Medical and sanitary report of the native army of Madras for the year
Year: 1875
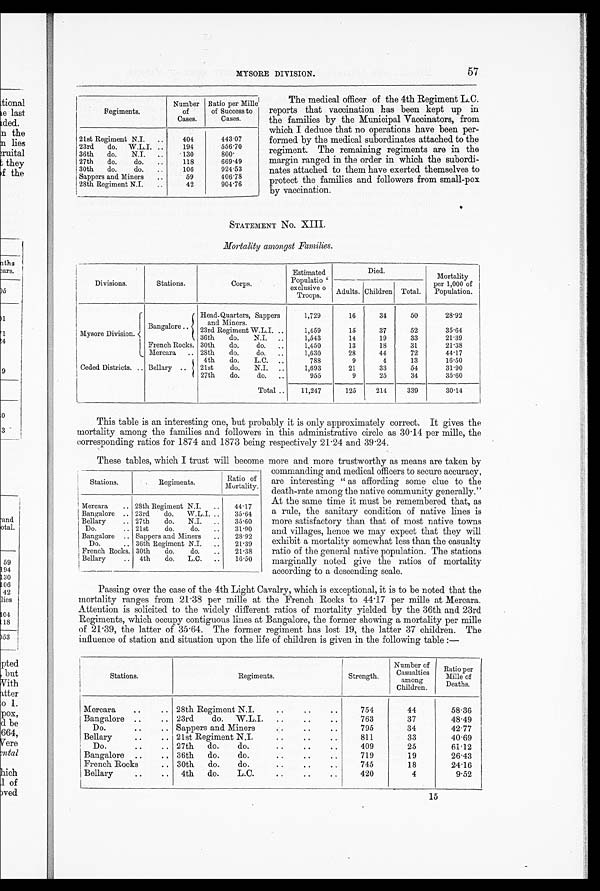
MYSORE DIVISION.
57
Regiments.
Number
of
Cases.
Ratio per Mille
of Success to
Cases.
21st Regiment N.I. ..
404
443.07
23rd do. W.L.I. ..
194
556.70
36th do.
N.I. ..
130
800.
27th
do.
do.
..
118
669.49
30th do.
do.
106
921.53
Sappers and Miners
..
59
406.78
28th Regiment N.I.
..
42
90416
The medical officer of the 4th Regiment L.C.
reports that vaccination has been kept up in
the families by the Municipal Vaccinators, from
which I deduce that no operations have been per-
formed by the medical subordinates attached to the
regiment. The remaining regiments are in the
margin ranged in the order in which the subordi-
nates attached to them have exerted themselves to
protect the families and followers from small-pox
by vaccination.
STATEMENT No. XIII.
Mortality amongst Families.
Divisions.
Stations.
Corps.
Estimated
Population exclusive o
Troops.
Died.
Mortality
per 1,000 of
Population.
Adults. Children Total.
M y s o r e D i v i s i o n .
Bangalore ..
Head-Quarters, Sappers
and Miners.
23rd Regiment W.L.I. ..
36th
do.
N.I. ..
1,729
1,459
1,543
1 6
15
14
3 4
37
1 9
5 0
52
3 3
28.92
35.64
2 1 . 3 9
French Rocks. 30th
do.
do. ..
1,450
13
18
31
21.38
Mercara .. 28th
do.
do. ..
1,630
28
44
72
44.17
Ceded Districts. .. Bellary ..
4th
do.
L.C. ..
788
9
4
13
16.50
21st
do.
N.I. ..
1,693
21
33
54
31.90
27th
do.
do. ..
955
9
25
34
35.60
Total ..
11,247
125
214
339
30.14
This table is an interesting one, but probably it is only approximately correct. It gives the
mortality among the families and followers in this administrative circle as 30.14 per mille, the
corresponding ratios for 1874 and 1873 being respectively 21.24 and 39.24.
These tables, which I trust will become more and more trustworthy as means are taken by
commanding and medical officers to secure accuracy,
are interesting " as affording some clue to the
death-rate among the native community generally."
At the same time it must be remembered that, as
a rule, the sanitary condition of native lines is
more satisfactory than that of most native towns
and villages, hence we may expect that they will
exhibit a mortality somewhat less than the casualty
ratio of the general native population. The stations
marginally noted give the ratios of mortality
according to a descending scale.
Passing over the case of the 4th Light Cavalry, which is exceptional, it is to be noted that the
mortality ranges from 21.38 per mille at the French Rocks to 44.17 per mille at Mercara.
Attention is solicited to the widely different ratios of mortality yielded by the 36th and 23rd
Regiments, which occupy contiguous lines at Bangalore, the former showing a mortality per mille
of 21.39, the latter of 35.64. The former regiment has lost 19, the latter 37 children. The
influence of station and situation upon the life of children is given in the following table :-
Stations.
Regiments.
Strength.
Number of
Casualties
among
Children.
Ratio per
Mille of
Deaths.
Mercara
..
.. 28th Regiment N.I.
..
..
..
754
44
58.36
Bangalore ..
.. 23rd
do. W.L.I.
..
..
..
763
37
48.49
Do.
• .
.. Sappers and Miners
..
..
..
795
34
42.77
Bellary
..
.. 21st Regiment N,I.
..
..
..
811
33
40.69
Do.
..
.. 27th do.
do.
..
..
..
409
25
61.12
Bangalore ..
.. 36th do.
do.
..
..
..
719
19
26.43
French Rocks
.. 30th do.
do.
..
..
..
745
18
24.16
Bellary
..
.. 4th do.
L.C.
..
..
..
420
4
9.52
15
Stations.
Regiments.
Ratio of
Mortality.
Mercara
.. 28th Regiment N.I. ..
44.17
Bangalore .. 23rd
do. W.L.I. ..
35.64
Bellary
, . 27th
do.
N.I. ..
35.60
Do.
.. 21st
do.
do.
..
31.90
Bangalore .. Sappers and Miners ..
28.92
Do.
.. 36th Regiment N.I. ..
21.39
French Rocks. 30th
do.
do.
..
21.38
Bellary
.. 4th
do. L.C. ..
16.50